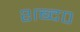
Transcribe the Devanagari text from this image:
शब्द०